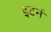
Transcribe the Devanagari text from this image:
इटर्न